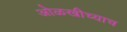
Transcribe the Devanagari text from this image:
ओळखीच्याच